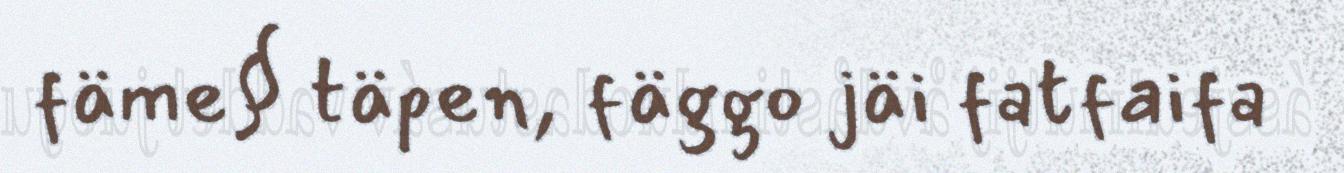
fäme§ täpen, fäggo jäi fatfaifa